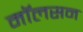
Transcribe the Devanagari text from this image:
मॉलसन